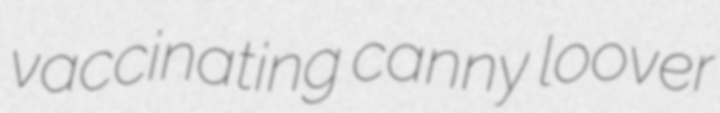
vaccinating canny loover